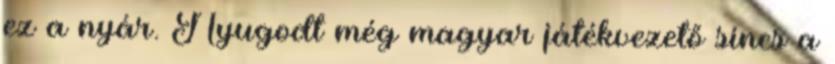
ez a nyár. Nyugodt még magyar játékvezető sincs a